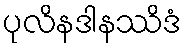
ပုလိနဒါနဿိဒံ